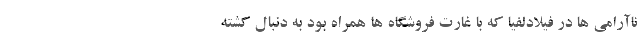
ناآرامی ها در فیلادلفیا که با غارت فروشگاه ها همراه بود به دنبال کشته